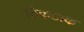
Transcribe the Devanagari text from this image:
ठिकठाक